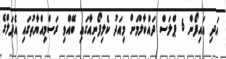
އަދި އައިފޯން 6 ޕްލަސް ދައްކާލުމަށް މިއަދު ކެލިފޯނިއާގައި ބޭއްވި ރަސްމިއްޔާތުގައި އެޕަލްގެ